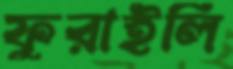
ফুরাইলি